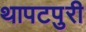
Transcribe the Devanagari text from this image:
थापटपुरी